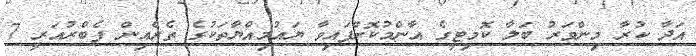
އަދާ ކުރާ މިންވަރު ބަލާ ކޮމިޓީގެ އާންމުކޮށްފައިވާ ޔައުމިއްޔާތަކުގެ ތެރެއިން ފެބްރުއަރީ 7